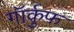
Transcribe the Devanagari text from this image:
गॉर्कुफ